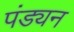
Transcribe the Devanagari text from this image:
पंड्यन